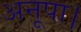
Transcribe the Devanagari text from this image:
अनूपा।